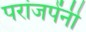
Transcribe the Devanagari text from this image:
परांजपेंनी